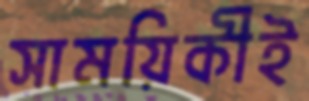
সাময়িকীই